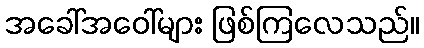
အခေါ်အဝေါ်များ ဖြစ်ကြလေသည်။